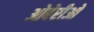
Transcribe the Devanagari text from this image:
ओबेरीओ